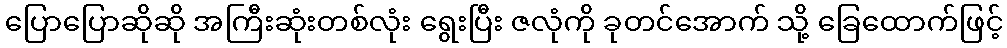
ပြောပြောဆိုဆို အကြီးဆုံးတစ်လုံး ရွေးပြီး ဇလုံကို ခုတင်အောက် သို့ ခြေထောက်ဖြင့်